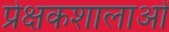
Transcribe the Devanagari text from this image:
प्रेक्षकशालाओं